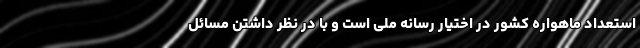
استعداد ماهواره کشور در اختیار رسانه ملی است و با در نظر داشتن مسائل